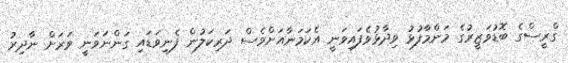
ގްރީސްގެ ބޮޑުވަޒީރުގެ މަންމާފުޅު ވިދާޅުވެފައިވަނީ އެކަމަނާއަށްވެސް ދަރިކަލުން ފެނިވަޑައި ގަންނަވަނީ ވަރަށް ނާދިރު